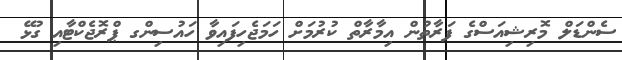
ސެންޑަލް މޮރިޝިއަސްގެ ފަރާތުން އިމާރާތް ކުރުމަށް ހަމަޖެހިފައިވާ ހައުސިންގ ޕްރޮޖެކްޓާއި ގުޅޭ